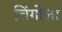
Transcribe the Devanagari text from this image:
चिंगोला